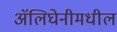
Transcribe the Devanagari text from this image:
ॲलिघेनीमधील